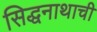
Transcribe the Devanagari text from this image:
सिद्धनाथाची